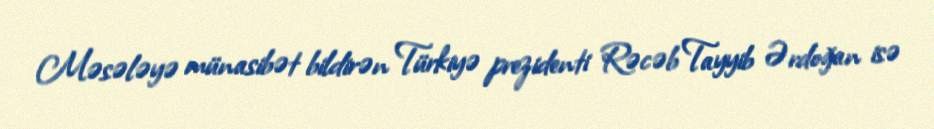
Məsələyə münasibət bildirən Türkiyə prezidenti Rəcəb Tayyib Ərdoğan isə